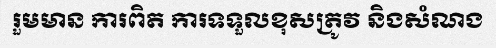
រួមមាន ការពិត ការទទួលខុសត្រូវ និងសំណង